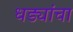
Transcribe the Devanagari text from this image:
धड्यांचा